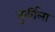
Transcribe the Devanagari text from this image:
तुर्कीला